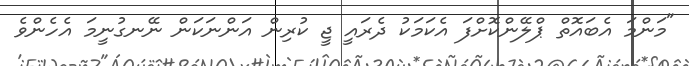
"މަންމަ އެބައޮތް ޕްލޭންކޮށްފަ އެކަމަކު ދެރައީ ޖީ ކުރިން އަންނަކަން ނޭނގުނީމަ އެހެންވެ